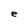
Character: e